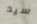
سيد